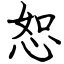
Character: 恕